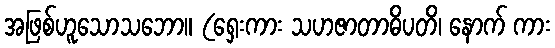
အဖြစ်ဟူသောသဘော။ (ရှေးကား သဟဇာတာဓိပတိ၊ နောက် ကား